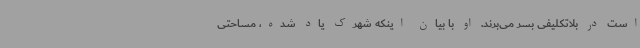
است در بلاتکلیفی بسر می‌برند. او با بیان اینکه شهرک یاد شده، مساحتی